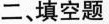
二、填空题